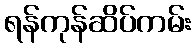
ရန်ကုန်ဆိပ်ကမ်း